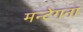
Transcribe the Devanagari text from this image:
मन्टेगना